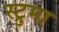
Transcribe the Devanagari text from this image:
स्ट्रुमा